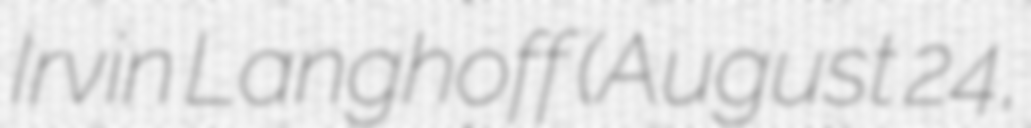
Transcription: Irvin Langhoff (August 24,